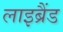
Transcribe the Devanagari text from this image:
लाइब्रैंड